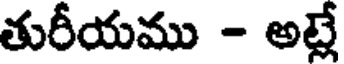
తురీయము - అట్లే